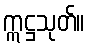
ဣဋ္ဌသုတ်။